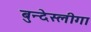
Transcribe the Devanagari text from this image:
बुन्देस्लीगा